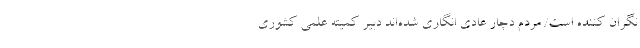
نگران‌ کننده است/ مردم دچار عادی‌ انگاری شده‌اند دبیر کمیته علمی کشوری